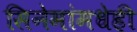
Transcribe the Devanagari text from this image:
सिनेमांमधेही